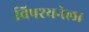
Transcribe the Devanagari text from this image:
विपश्यनेला